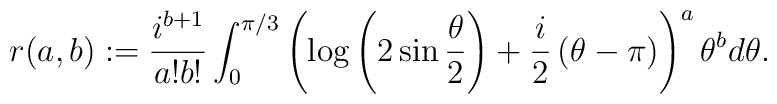
r(a,b) := \frac{i^{b+1}}{a!b!} \int_0^{\pi/3} \left( \log \left( 2\sin \frac{\theta}{2} \right) + \frac{i}{2}\left( \theta - \pi \right) \right)^a \theta^bd\theta .